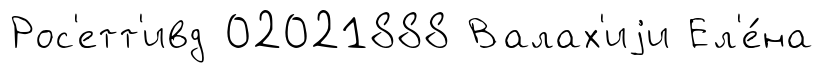
Рос'етт'ивд 02021888 Валах'иjи Ел'е́на